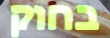
בחוק